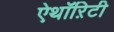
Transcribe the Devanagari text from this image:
ऐथॉऱिटी